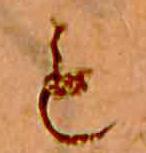
も